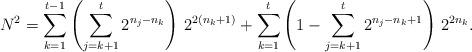
LaTeX: \begin{align*}N^{2}=\sum_{k=1}^{t-1}\left(\sum_{j=k+1}^{t} 2^{n_{j}-n_{k}}\right)\,2^{2(n_{k}+1)}+\sum_{k=1}^{t}\left(1-\sum_{j=k+1}^{t} 2^{n_{j}-n_{k}+1}\right)\,2^{2 n_{k}}.\end{align*}